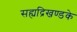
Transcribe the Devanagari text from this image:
सह्यद्रिखण्डके